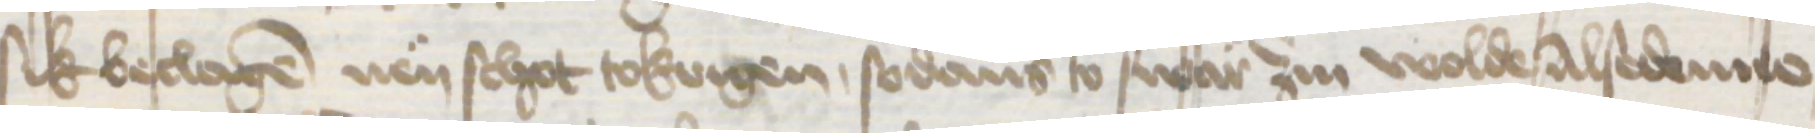
sik beclagen nen schot tokrigen, sodans to swar zin wolde Alse denne